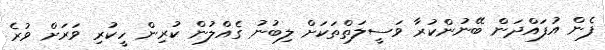
ފެން އުފައްދަން ބޭނުންކުރާ ވަސީލަތްތަކަށް ލިބުނު ގެއްލުން ކުރިން ހީކުރި ވަރަށް ވުރެ